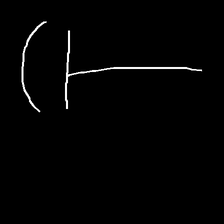
Glyph: dispersion